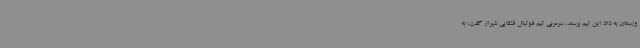
وزستان به داد این تیم برسند. سرمربی تیم فوتبال قشقایی شیراز گفت: به